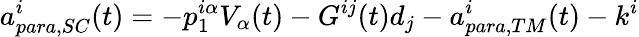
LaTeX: a_{para,SC}^{i}(t)=-p_{1}^{i\alpha}V_{\alpha}(t)-G^{ij}(t)d_{j}-a_{para,TM}^{i}(t)-k^{i}